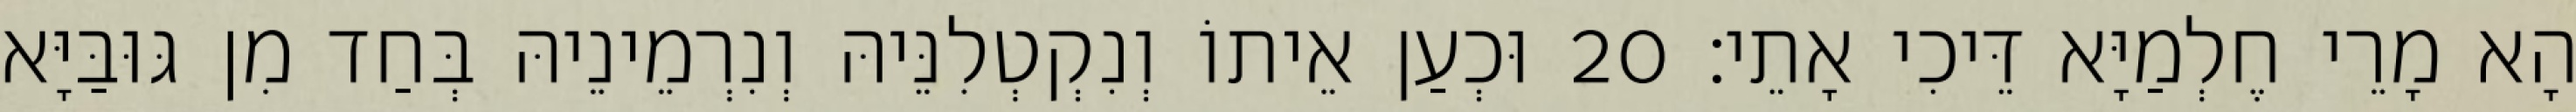
הָא מָרֵי חֶלְמַיָּא דֵּיכִי אָתֵי׃ 20 וּכְעַן אֵיתוֹ וְנִקְטְלִנֵּיהּ וְנִרְמֵינֵיהּ בְּחַד מִן גּוּבַּיָּא